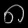
Digit: ၈